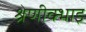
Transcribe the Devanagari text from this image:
श्रेणीक्भाइ